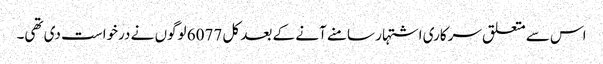
اس سے متعلق سرکاری اشتہار سامنے آنے کے بعد کل 6077 لوگوں نے درخواست دی تھی۔